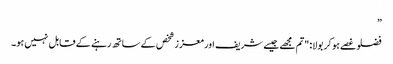
”
فضلو غصے ہو کر بولا: "تم مجھے جیسے شریف اور معزز شخص کے ساتھ رہنے کے قابل نہیں ہو۔